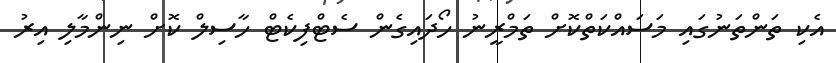
އެކި ތަންތަނުގައި މަސައްކަތްކޮށް ތަމްރީނު ހޯދައިގެން ސެޓްފިކެޓް ހާސިލް ކޮށް ނިންމާލި އިރު